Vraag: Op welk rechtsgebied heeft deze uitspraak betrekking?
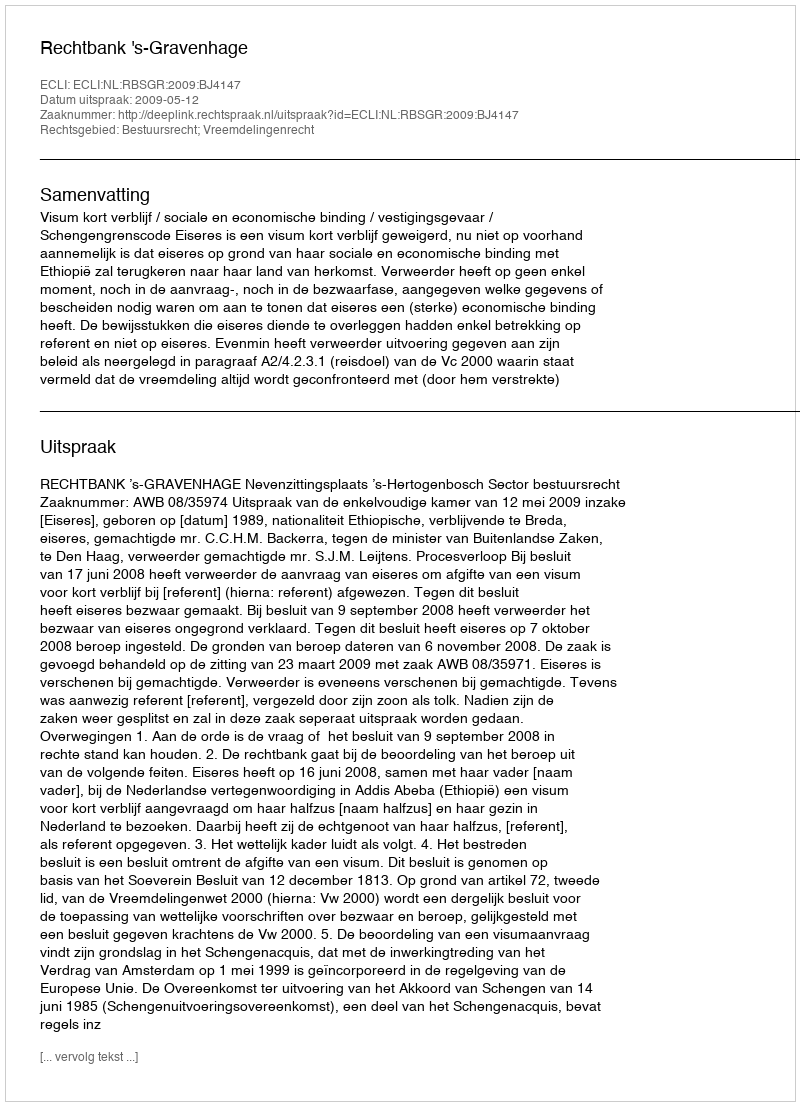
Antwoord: Bestuursrecht; Vreemdelingenrecht